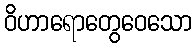
ဝိဟာရောတွေဝေသော